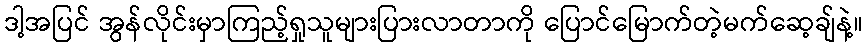
ဒါ့အပြင် အွန်လိုင်းမှာကြည့်ရှုသူများပြားလာတာကို ပြောင်မြောက်တဲ့မက်ဆေ့ချ်နဲ့။